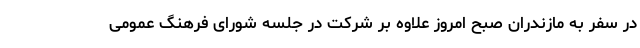
در سفر به مازندران صبح امروز علاوه بر شرکت در جلسه شورای فرهنگ عمومی